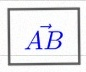
\vec{AB}